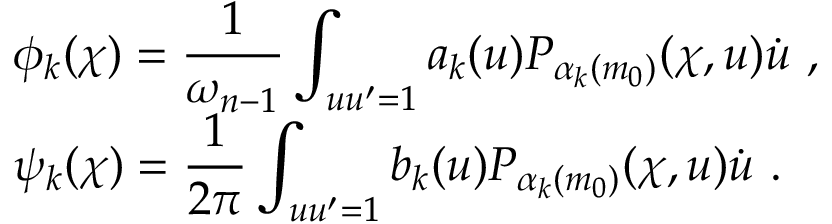
\begin{array} { l } { { \phi _ { k } ( \chi ) = \displaystyle \frac { 1 } { \omega _ { n - 1 } } \int _ { u u ^ { \prime } = 1 } a _ { k } ( u ) P _ { \alpha _ { k } ( m _ { 0 } ) } ( \chi , u ) \dot { u } ~ , } } \\ { { \psi _ { k } ( \chi ) = \displaystyle \frac { 1 } { 2 \pi } \int _ { u u ^ { \prime } = 1 } b _ { k } ( u ) P _ { \alpha _ { k } ( m _ { 0 } ) } ( \chi , u ) \dot { u } ~ . } } \end{array}